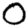
Digit: 0